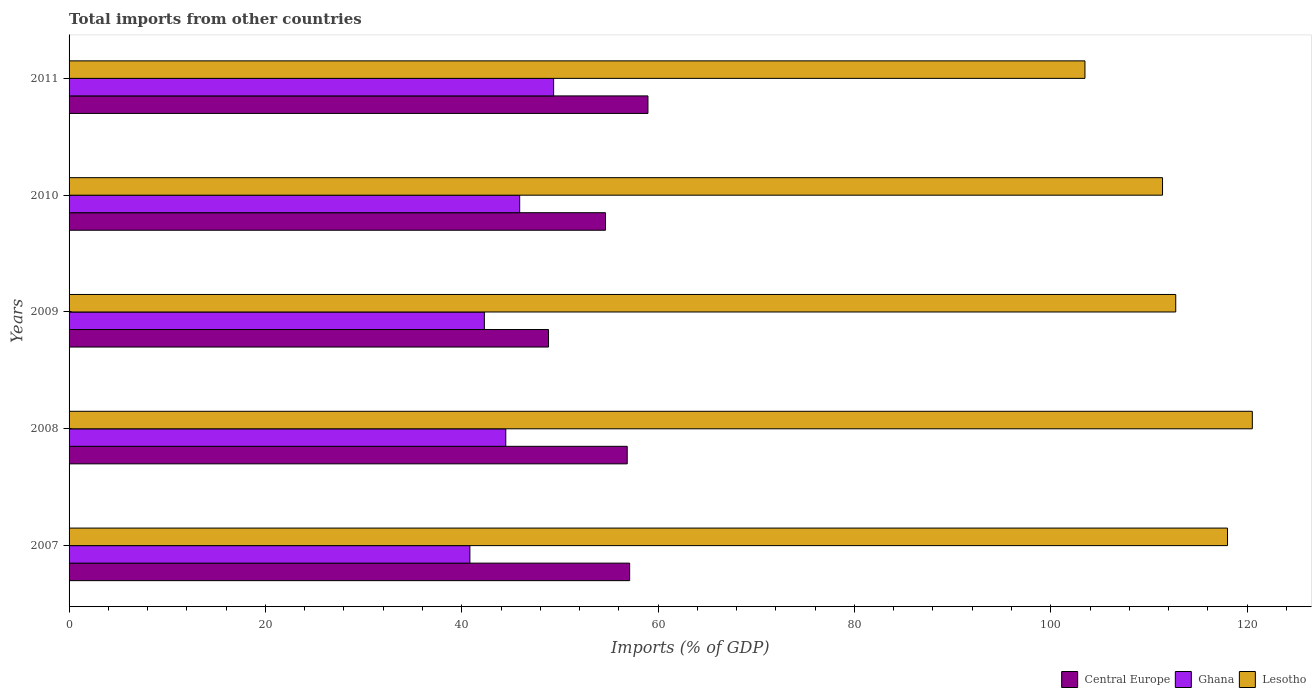
| Years | Central Europe | Ghana | Lesotho |
 | --- | --- | --- | --- |
 | 2007 | 57.1 | 40.8 | 118 |
 | 2008 | 56.9 | 44.5 | 121 |
 | 2009 | 48.8 | 42.3 | 113 |
 | 2010 | 54.6 | 45.9 | 111 |
 | 2011 | 59 | 49.4 | 103 |